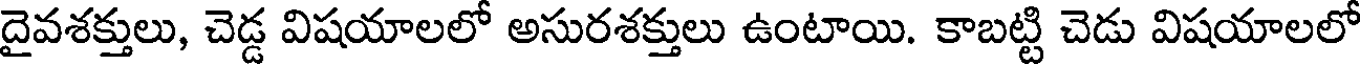
దైవశక్తులు, చెడ్డ విషయాలలో అసురశక్తులు ఉంటాయి. కాబట్టి చెడు విషయాలలో